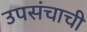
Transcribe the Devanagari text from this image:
उपसंचाची